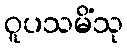
ဝူပသမိံသု